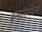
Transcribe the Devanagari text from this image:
इन्फाॅरर्मेशन